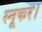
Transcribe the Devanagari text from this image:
स्नूकर।